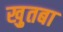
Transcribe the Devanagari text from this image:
खु़तबा